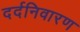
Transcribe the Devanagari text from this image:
दर्दनिवारण